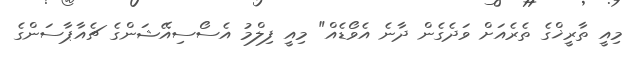
މިއީ ތާރީޚްގެ ތެރެއަށް ވަދެގެން ދާނެ އެވޯޑެއް" މިއީ ފިލްމު އެސޯސިއޭޝަންގެ ޗެއާޕާސަންގެ